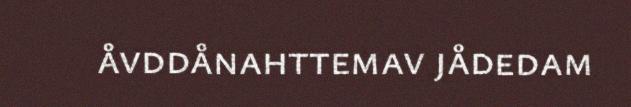
åvddånahttemav jådedam